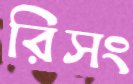
রিসং